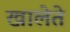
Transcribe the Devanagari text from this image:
खालेते